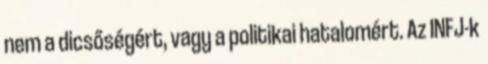
nem a dicsőségért, vagy a politikai hatalomért. Az INFJ-k